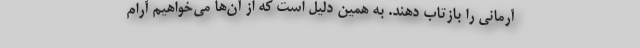
آرمانی را بازتاب دهند. به همین دلیل است که از آن‌ها می‌‌خواهیم آرام